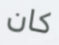
كان